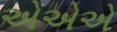
એએએ